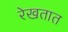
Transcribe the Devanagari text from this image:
रेखतात